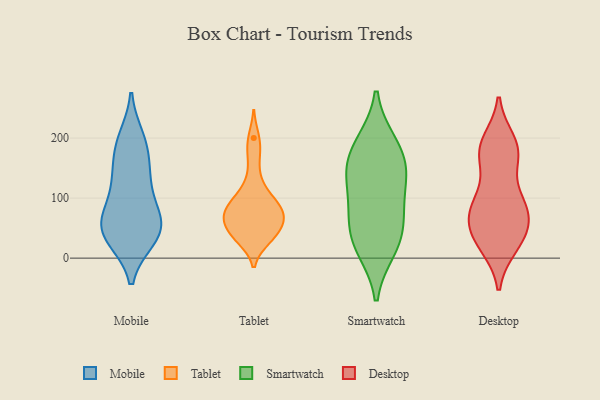
{"axis": {"x": "Conversion Rate (%)", "y": "Value"}, "legend": ["Desktop", "Mobile", "Smartwatch", "Tablet"], "data": [{"x": "", "y": 33, "type": "Mobile"}, {"x": "", "y": 58, "type": "Mobile"}, {"x": "", "y": 71, "type": "Mobile"}, {"x": "", "y": 38, "type": "Mobile"}, {"x": "", "y": 131, "type": "Mobile"}, {"x": "", "y": 70, "type": "Mobile"}, {"x": "", "y": 40, "type": "Mobile"}, {"x": "", "y": 35, "type": "Mobile"}, {"x": "", "y": 199, "type": "Mobile"}, {"x": "", "y": 126, "type": "Mobile"}, {"x": "", "y": 189, "type": "Mobile"}, {"x": "", "y": 183, "type": "Mobile"}, {"x": "", "y": 138, "type": "Mobile"}, {"x": "", "y": 69, "type": "Mobile"}, {"x": "", "y": 94, "type": "Tablet"}, {"x": "", "y": 32, "type": "Tablet"}, {"x": "", "y": 63, "type": "Tablet"}, {"x": "", "y": 66, "type": "Tablet"}, {"x": "", "y": 35, "type": "Tablet"}, {"x": "", "y": 89, "type": "Tablet"}, {"x": "", "y": 44, "type": "Tablet"}, {"x": "", "y": 39, "type": "Tablet"}, {"x": "", "y": 173, "type": "Tablet"}, {"x": "", "y": 200, "type": "Tablet"}, {"x": "", "y": 102, "type": "Tablet"}, {"x": "", "y": 68, "type": "Tablet"}, {"x": "", "y": 78, "type": "Tablet"}, {"x": "", "y": 130, "type": "Tablet"}, {"x": "", "y": 72, "type": "Tablet"}, {"x": "", "y": 23, "type": "Smartwatch"}, {"x": "", "y": 16, "type": "Smartwatch"}, {"x": "", "y": 191, "type": "Smartwatch"}, {"x": "", "y": 85, "type": "Smartwatch"}, {"x": "", "y": 142, "type": "Smartwatch"}, {"x": "", "y": 186, "type": "Smartwatch"}, {"x": "", "y": 45, "type": "Smartwatch"}, {"x": "", "y": 140, "type": "Smartwatch"}, {"x": "", "y": 76, "type": "Smartwatch"}, {"x": "", "y": 145, "type": "Smartwatch"}, {"x": "", "y": 194, "type": "Desktop"}, {"x": "", "y": 81, "type": "Desktop"}, {"x": "", "y": 90, "type": "Desktop"}, {"x": "", "y": 164, "type": "Desktop"}, {"x": "", "y": 26, "type": "Desktop"}, {"x": "", "y": 72, "type": "Desktop"}, {"x": "", "y": 49, "type": "Desktop"}, {"x": "", "y": 88, "type": "Desktop"}, {"x": "", "y": 21, "type": "Desktop"}, {"x": "", "y": 173, "type": "Desktop"}, {"x": "", "y": 172, "type": "Desktop"}, {"x": "", "y": 189, "type": "Desktop"}, {"x": "", "y": 97, "type": "Desktop"}, {"x": "", "y": 25, "type": "Desktop"}, {"x": "", "y": 50, "type": "Desktop"}, {"x": "", "y": 182, "type": "Desktop"}, {"x": "", "y": 41, "type": "Desktop"}, {"x": "", "y": 88, "type": "Desktop"}]}